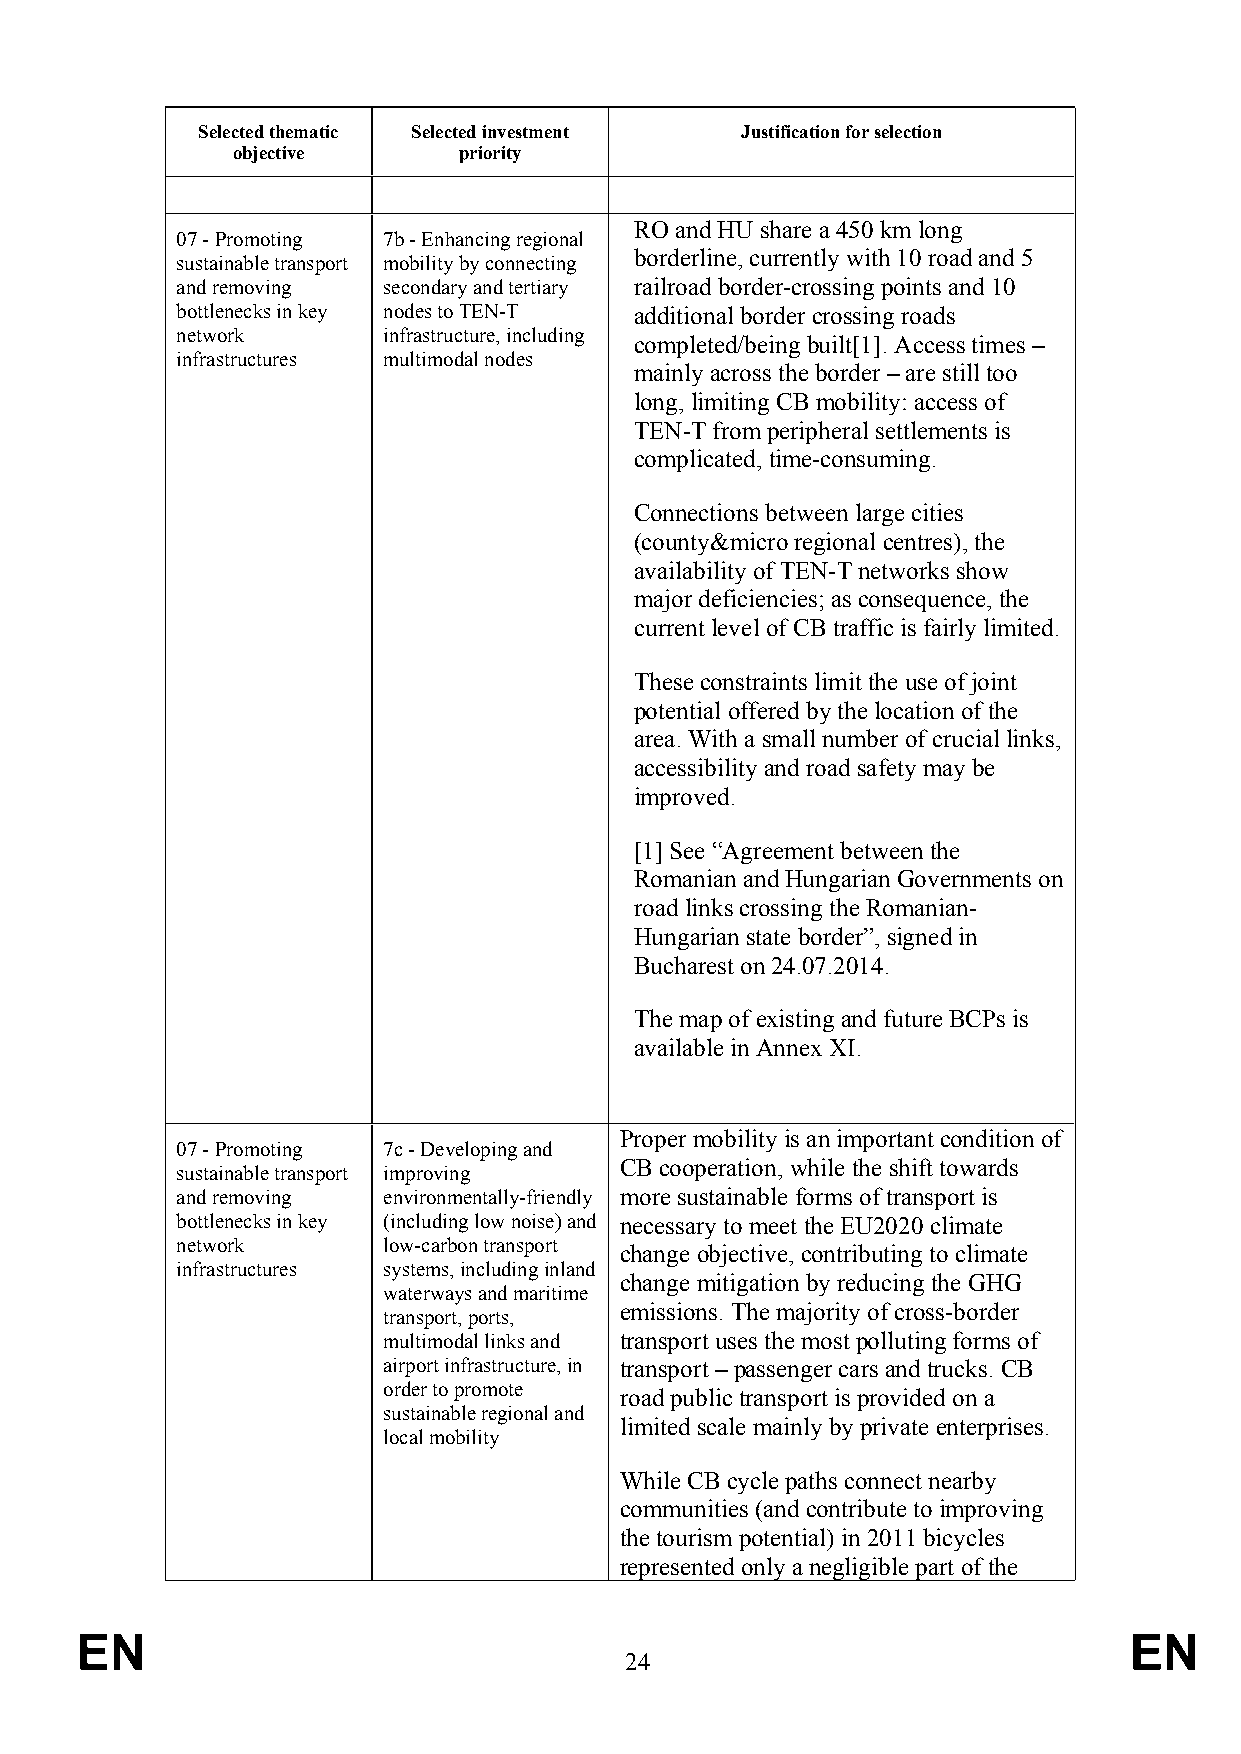
Selected thematic Selected investment Justification for selection
 objective      priority
 RO and HU share a 450 km long
 07 - Promoting 7b - Enhancing regional
 borderline, currently with 10 road and 5
 sustainable transport mobility by connecting
 and removing secondary and tertiary railroad border-crossing points and 10
 bottlenecks in key nodes to TEN-T additional border crossing roads
 network      infrastructure, including
 completed/being built[1]. Access times –
 infrastructures multimodal nodes
 mainly across the border – are still too
 long, limiting CB mobility: access of
 TEN-T from peripheral settlements is
 complicated, time-consuming.
 Connections between large cities
 (county&micro regional centres), the
 availability of TEN-T networks show
 major deficiencies; as consequence, the
 current level of CB traffic is fairly limited.
 These constraints limit the use of joint
 potential offered by the location of the
 area. With a small number of crucial links,
 accessibility and road safety may be
 improved.
 [1] See “Agreement between the
 Romanian and Hungarian Governments on
 road links crossing the Romanian-
 Hungarian state border”, signed in
 Bucharest on 24.07.2014.
 The map of existing and future BCPs is
 available in Annex XI.
 Proper mobility is an important condition of
 07 - Promoting 7c - Developing and
 CB cooperation, while the shift towards
 sustainable transport improving
 and removing environmentally-friendly more sustainable forms of transport is
 bottlenecks in key (including low noise) and necessary to meet the EU2020 climate
 network      low-carbon transport
 change objective, contributing to climate
 infrastructures systems, including inland
 change mitigation by reducing the GHG
 waterways and maritime
 emissions. The majority of cross-border
 transport, ports,
 multimodal links and transport uses the most polluting forms of
 airport infrastructure, in transport – passenger cars and trucks. CB
 order to promote
 road public transport is provided on a
 sustainable regional and
 limited scale mainly by private enterprises.
 local mobility
 While CB cycle paths connect nearby
 communities (and contribute to improving
 the tourism potential) in 2011 bicycles
 represented only a negligible part of the
 EN                                                                    EN
 24